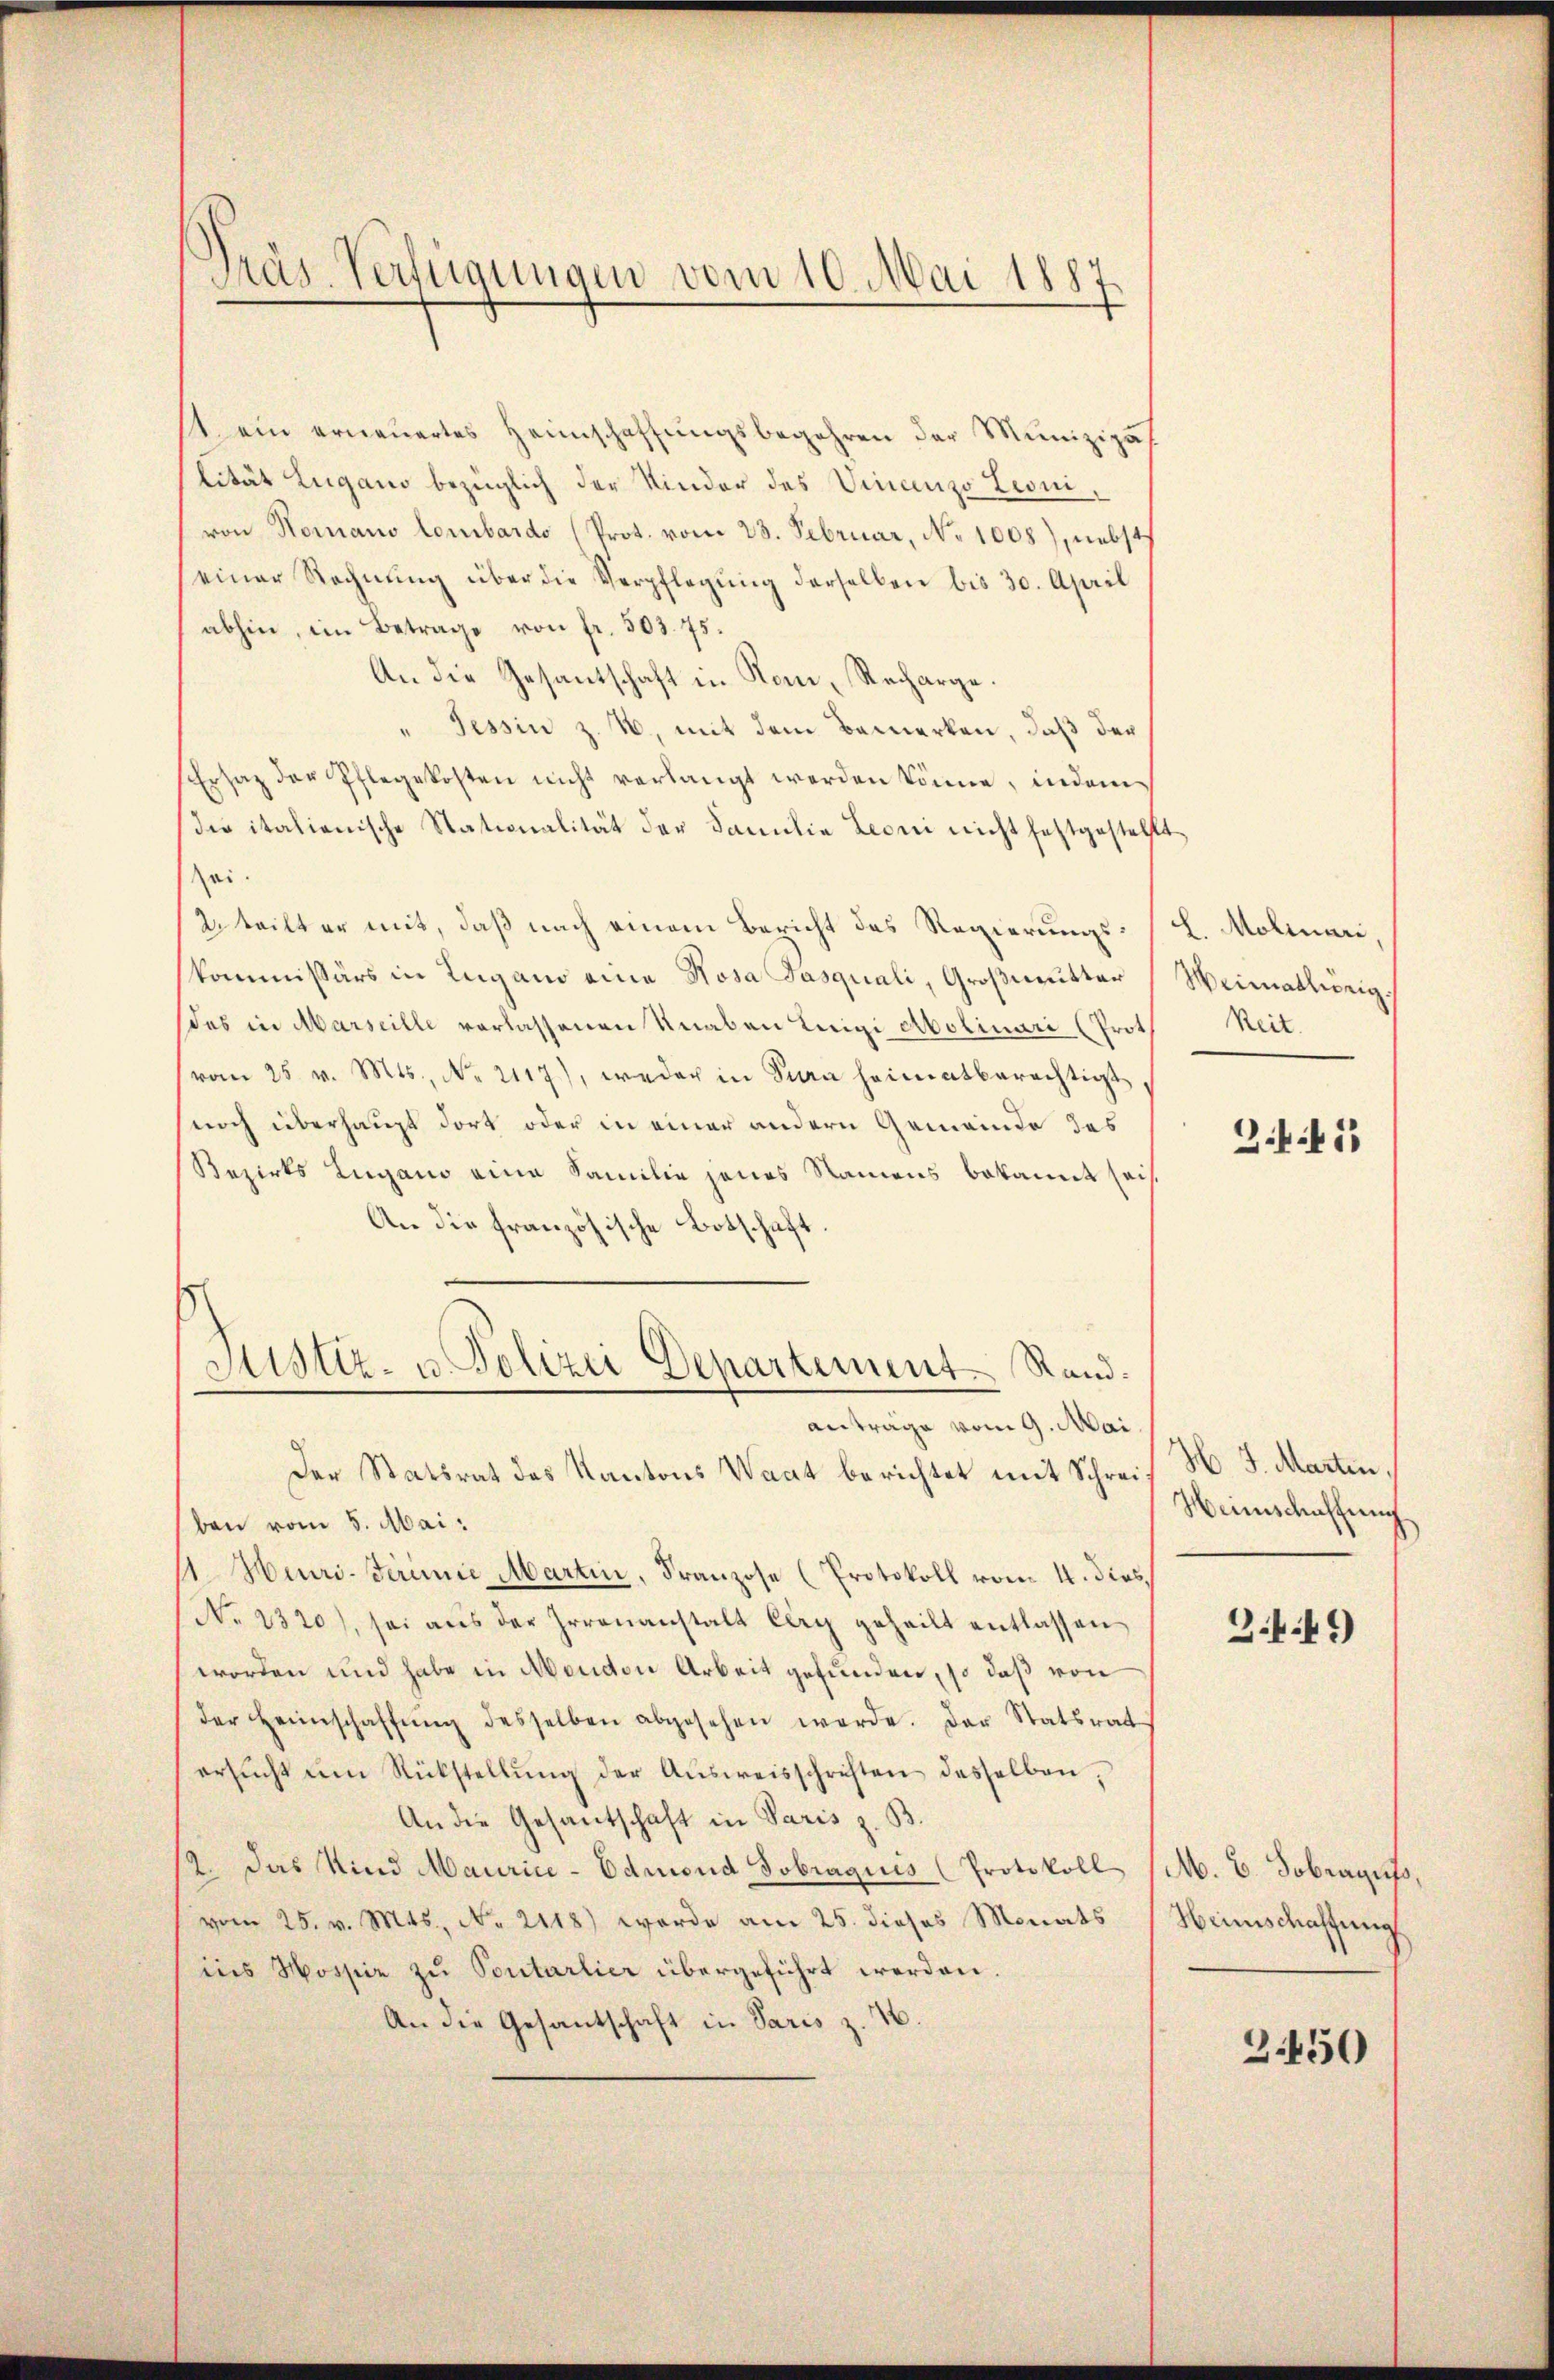
Präs. Verfügungen vom 10. Mai 1887

t ein erneuertes Heimschaffungsbegehren der Munizipat
lität Lugano bezüglich der Kinder des Vinanzo Leonivon Nomano lombardo (Prot. vom 23. Februar, No 1008), nebst
einer Rechnŭng über die Verpflegŭng derselben bis 30. April
abhin, im Betrage von fr. 503. 75.
An die Gesantschaft in Komm, Recharge.
" Tessin z. 4, mit dem Bemerken, daß der
Ersatz der Pflegekosten nicht verlangt werden könne, indem
die italienische Stationalität der Familie Leoni nicht festgestellt
sei.
2. teilter mit, daß nach einem Bericht des Regierungsskommissärs in Lugano eine Kosa Tasquali, Großmutter
des in Marseille verlassenen Knaben Luigi Abolinari (Prot
vom 25. v. Mts., No. 2117), weder in Sinn heimatberechtigt
noch überhaupt dort oder in einer andern Gemeinde des
Bezirks Lugano eine Familie jenes Namens bekannt sei
An die französische Botschaft.
Justiz- u. Polizei Departement. Rand.
anträge vom 9. Mai.
Der Statsrat des Kantons Waat berichtet mit Schreif H. J. Marten,
ben vom 5. Mai.
1. Heuri-Firinie Martin, Franzose (Protokoll vom 4. dies,
No. 2320), sei aŭs der Irrenanstalt Cleg geheilt entlassen
worden und habe in Mendon Arbeit gefunden, so daß von
der Heimschaffŭng desselben abgesehen werde. Der Statsrat
ersŭcht ŭm Rückstellŭng der Aŭsweisschriften desselben,
An die Gesantschaft in Paris z. B.
2. Das Kind Maurice-Edmond Tobraguis (Protokoll
vom 25. v. Mts., No. 2118) werde am 25. dieses Monats
ins Mossiz zu Sontarlier übergeführt werden.
An die Gesantschaft in Paris z. B.

L. Molinari,
Weimathörig.
keit.

Z.441

Heimschaffung

3.449

M. B. Sobraus,
Heimschaffung

3450